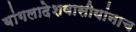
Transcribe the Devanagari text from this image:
बांगलादेशवासीयांनाच